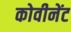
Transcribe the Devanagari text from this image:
कोवीनेंट